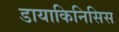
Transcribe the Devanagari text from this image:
डायाकिनिसिस